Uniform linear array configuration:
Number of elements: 8
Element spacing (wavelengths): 1
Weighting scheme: uniform
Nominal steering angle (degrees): -45
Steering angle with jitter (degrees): -46.596
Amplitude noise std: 0.05
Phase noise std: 0.05

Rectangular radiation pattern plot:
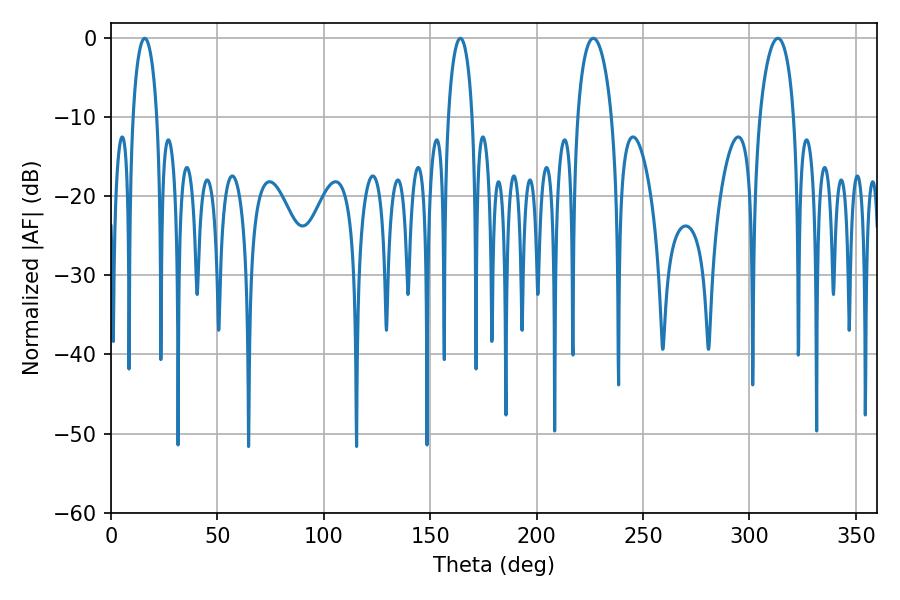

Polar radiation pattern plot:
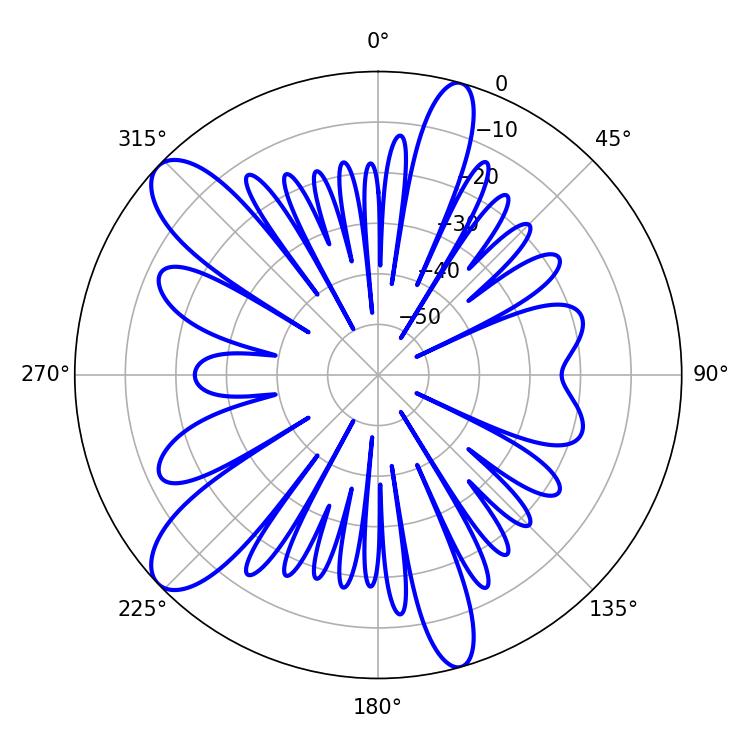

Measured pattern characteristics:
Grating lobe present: TRUE
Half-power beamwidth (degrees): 6.48
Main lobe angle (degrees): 15.84